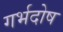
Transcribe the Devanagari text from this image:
गर्भदोष